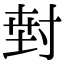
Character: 𭔵